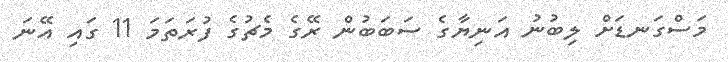
މަސްގަނޑަށް ލިބުނު އަނިޔާގެ ސަބަބުން ރޭގެ މެޗުގެ ފުރަތަމަ 11 ގައި އޭނަ